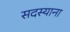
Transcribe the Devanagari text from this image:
सदस्याना